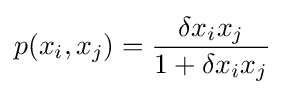
p(x_{i},x_{j})={\frac {\delta x_{i}x_{j}}{1+\delta x_{i}x_{j}}}